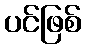
ပင်ဖြစ်